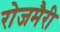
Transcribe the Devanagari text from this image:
रोजमैरी